Sanitation, dispensaries and jails vaccination Rajputana 1922-1927 - 1922-1927
Year: 1922
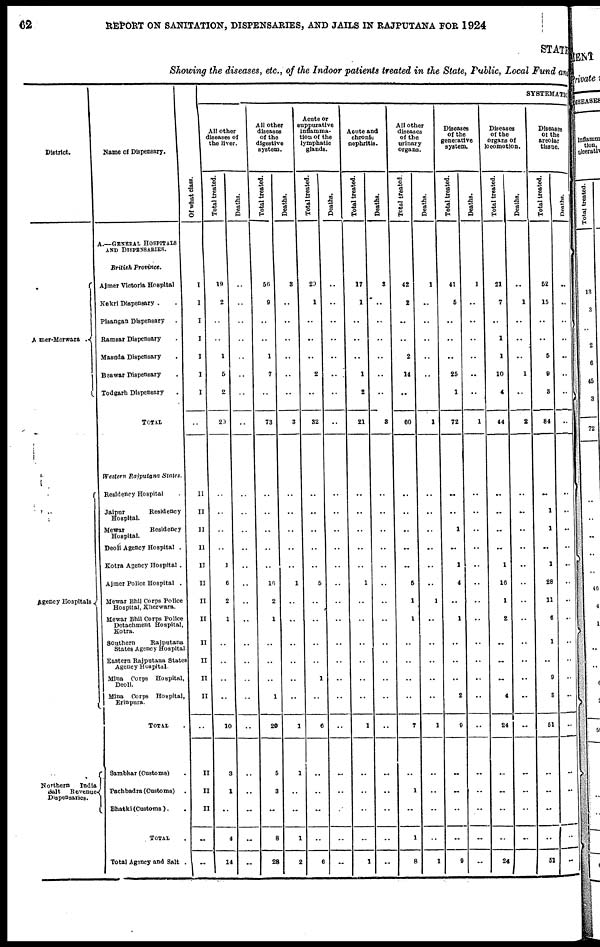
62
REPORT ON SANITATION, DISPENSARIES, AND JAILS IN RAJPUTANA FOR 1924
STATE
Showing the diseases, etc., of the Indoor patients treated in the State, Public, Local Fund and
District.
Ajmer-Merwara .
Agency Hospitals
Northern
India
salt
Revenue
Dispensaries.
Name of Dispensary.
A.—GENERAL HOSPITALS
AND DISPENSARIES.
British Province.
Ajmer Victoria Hospital
Kekri Dispensary . .
Pisangan Dispensary .
Ramsar Dispensary .
Masuda Dispensary .
Beawar Dispensary .
Todgarh Dispensary .
TOTAL
Western Rajputana States.
Residency Hospital .
Jaipur
Residency
Hospital.
Mewar
Residency
Hospital.
Deoli Agency Hospital .
Kotra Agency Hospital .
Ajmer Police Hospital .
Mewar Bhil Corps Police
Hospital, Kherwara.
Mewar Bhil Corps Police
Detachment Hospital,
Kotra.
Southern
Rajputana
States Agency Hospital
Eastern Rajputana States
Agency Hospital.
Mina Corps Hospital,
Deoli.
Mina Corps Hospital,
Erinpura.
TOTAL .
Sambhar (Customs) .
Pachbadra (Customs) .
Bhatki (Customs). .
TOTAL .
Total Agency and Salt .
Of what class.
I
I
I
I
I
I
I
..
II
II
II
II
II
II
II
II
II
II
II
II
..
II
II
II
..
..
SYATEMATIC
All other
diseases of
the liver.
Total treated.
19
2
..
..
1
5
2
20
..
..
..
..
1
6
2
1
..
..
..
..
10
3
1
..
4
14
Deaths.
..
..
..
..
..
..
..
..
..
..
..
..
..
..
..
..
..
..
..
..
..
..
..
..
..
..
All other
diseases
of the
digestive
system.
Total treated.
56
9
..
..
1
7
..
73
..
..
..
..
..
16
2
1
..
..
..
1
20
5
3
..
8
28
Deaths.
3
..
..
..
..
..
..
3
..
..
..
..
..
1
..
..
..
..
..
..
1
1
..
..
1
2
Acute or
suppurative
infiamma¬
tion of the
lymphatic
glands.
Total treated.
20
1
..
..
..
2
..
32
..
..
..
..
..
5
..
..
..
..
1
..
6
..
..
..
..
6
Deaths.
..
..
..
..
..
..
..
..
..
..
..
..
..
..
..
..
..
..
..
..
..
..
..
..
..
..
Acute and
chronic
nephritis.
Total treated.
17
1
..
..
..
1
2
21
..
..
..
..
..
1
..
..
..
..
..
..
1
..
..
..
..
1
Deaths.
3
..
..
..
..
..
..
3
..
..
..
..
..
..
..
..
..
..
..
..
..
..
..
..
..
..
All other
diseases
of the
urinary
organs.
Total treated.
42
2
..
..
2
14
..
60
..
..
..
..
..
5
1
1
..
..
..
..
7
..
1
..
1
8
Deaths.
1
..
..
..
..
..
..
1
..
..
..
..
..
..
1
..
..
..
..
..
1
..
..
..
..
1
Diseases
of the
generative
system.
Total treated.
41
5
..
..
..
25
1
72
..
..
1
..
1
4
..
1
..
..
..
2
9
..
..
..
..
9
Deaths.
1
..
..
..
..
..
..
1
..
..
..
..
..
..
..
..
..
..
..
..
..
..
..
..
..
..
Diseases
of the
organs of
locomotion.
Total treated.
21
7
..
1
1
10
4
44
..
..
..
..
1
16
1
2
..
..
..
4
24
..
..
..
..
24
Deaths.
..
1
..
..
..
1
..
2
..
..
..
..
..
..
..
..
..
..
...
..
..
..
..
..
..
..
Diseases
of the
areolar
tissue.
Total treated.
52
15
..
..
5
9
3
84
..
1
1
..
1
28
11
6
1
..
9
3
51
..
..
..
..
51
Deaths.
..
..
..
..
..
..
..
..
..
..
..
..
..
..
..
..
..
..
..
..
..
..
..
..
..
..